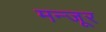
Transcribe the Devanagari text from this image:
मन्जूर